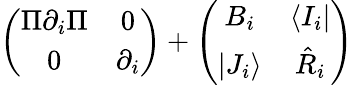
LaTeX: \left(\begin{array}{cc}{{\Pi\partial_{i}\Pi}}&{{0}}\\ {{0}}&{{\partial_{i}}}\end{array}\right)+\left(\begin{array}{cc}{{B_{i}}}&{{\langle I_{i}|}}\\ {{|J_{i}\rangle}}&{{\hat{R}_{i}}}\end{array}\right)